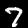
Digit: 7